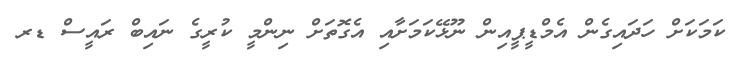
ކަމަކަށް ހަދައިގެން އެމްޑީޕީއިން ނޫޅޭކަމަށާއި އެގޮތަށް ނިންމީ ކުރީގެ ނައިބް ރައީސް ޑރ